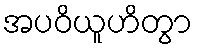
အပဝိယူဟိတွာ